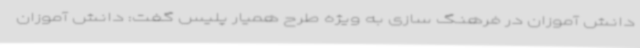
دانش آموزان در فرهنگ سازی به ویژه طرح همیار پلیس گفت: دانش آموزان